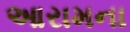
આરામના